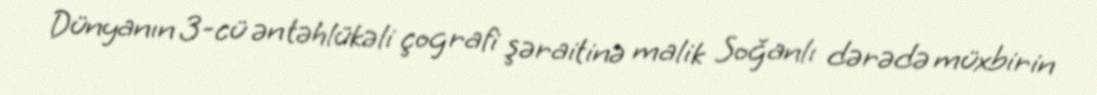
Dünyanın 3-cü ən təhlükəli çografi şəraitinə malik Soğanlı dərədə müxbirin